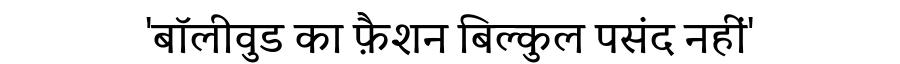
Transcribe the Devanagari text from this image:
'बॉलीवुड का फ़ैशन बिल्कुल पसंद नहीं'